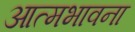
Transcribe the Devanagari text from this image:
आत्मभावना